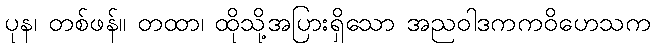
ပုန၊ တစ်ဖန်။ တထာ၊ ထိုသို့အပြားရှိသော အညဝါဒကကဝိဟေသက